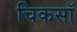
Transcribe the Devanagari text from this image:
चिकसॉ